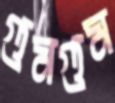
গুমগুম